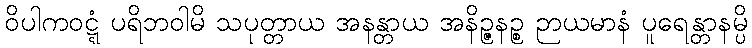
ဝိပါကဝဋ္ဋံ ပရိဘဝါမိ သပုတ္တာယ အနန္တာယ အနိဉ္ဇနဉ္စ ဉာယမာနံ ပူရေန္တာနမ္ပိ